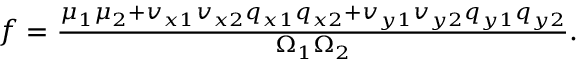
\begin{array} { r } { f = \frac { \mu _ { 1 } \mu _ { 2 } + v _ { x 1 } v _ { x 2 } q _ { x 1 } q _ { x 2 } + v _ { y 1 } v _ { y 2 } q _ { y 1 } q _ { y 2 } } { \Omega _ { 1 } \Omega _ { 2 } } . } \end{array}